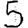
Digit: 5